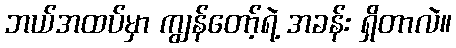
ဘယ်အထပ်မှာ ကျွန်တော့်ရဲ့ အခန်း ရှိတာလဲ။